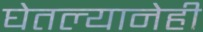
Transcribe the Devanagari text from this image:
घेतल्यानेही